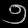
Digit: ၅